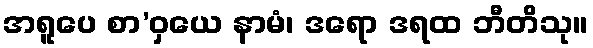
အရူပေ စာ’ဝှယေ နာမံ၊ ဒရော ဒရထ ဘီတိသု။